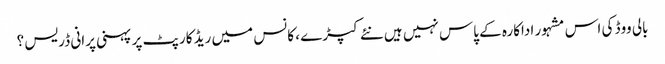
بالی ووڈ کی اس مشہور اداکارہ کے پاس نہیں ہیں نئے کپڑے ، کانس میں ریڈ کارپٹ پر پہنی پرانی ڈریس ؟